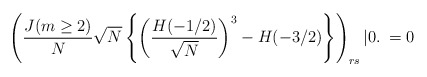
\begin{align*}\left( \frac {J(m\ge 2)}{N} \sqrt{N} \left\{ \left( \frac {H(-1/2)}{\sqrt{N}} \right)^3 -H(-3/2)\right\}\right)_{rs} |0.\> = 0\end{align*}